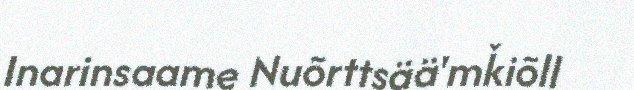
Inarinsaame Nuõrttsää'mǩiõll